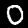
Digit: 0